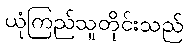
ယုံကြည်သူတိုင်းသည်